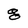
Character: g